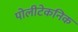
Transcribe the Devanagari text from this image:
पोलीटेकनिक